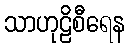
သာဟုဠိစီရေန